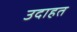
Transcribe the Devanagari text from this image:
उदाहत